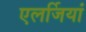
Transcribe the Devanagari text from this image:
एलर्जियां